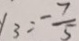
y _ { 3 } = \frac { - 7 } { 5 }